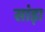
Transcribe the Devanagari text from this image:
सांड़ा